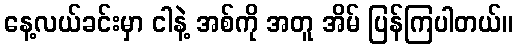
နေ့လယ်ခင်းမှာ ငါနဲ့ အစ်ကို အတူ အိမ် ပြန်ကြပါတယ်။